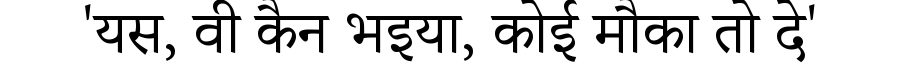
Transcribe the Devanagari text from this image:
'यस, वी कैन भइया, कोई मौका तो दे'